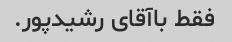
فقط باآقای رشیدپور.